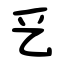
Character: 乥